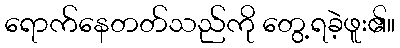
ရောက်နေတတ်သည်ကို တွေ့ရခဲ့ဖူး၏။